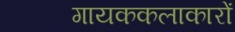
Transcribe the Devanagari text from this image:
गायककलाकारों